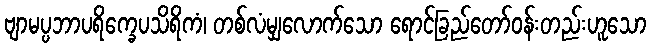
ဗျာမပ္ပဘာပရိက္ခေပသိရိကံ၊ တစ်လံမျှလောက်သော ရောင်ခြည်တော်ဝန်းတည်းဟူသော